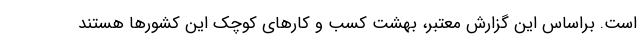
است. براساس این گزارش معتبر، بهشت کسب و کارهای کوچک این کشورها هستند